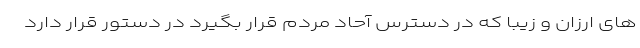
های ارزان و زیبا که در دسترس آحاد مردم قرار بگیرد در دستور قرار دارد